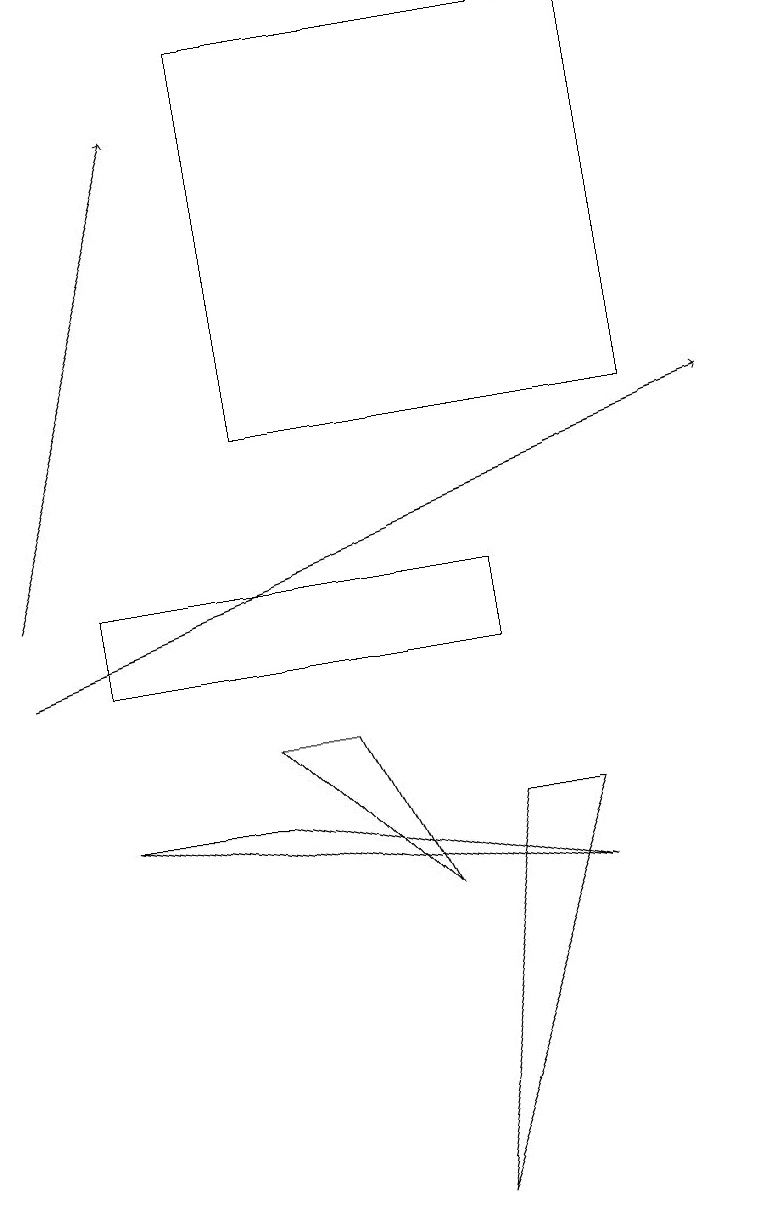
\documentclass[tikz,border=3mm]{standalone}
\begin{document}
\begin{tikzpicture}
\draw (7,7) -- (1,8) -- (3,8) -- cycle;
\draw (6,10) rectangle (1,11);
\draw[->] (0,10) -- (9,13);
\draw (3,13) rectangle (8,18);
\draw (4,9) -- (3,9) -- (5,7) -- cycle;
\draw (6,8) -- (5,3) -- (7,8) -- cycle;
\draw[->] (0,11) -- (2,17);
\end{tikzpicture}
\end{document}